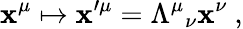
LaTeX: \mathbf{x}^{\mu}\mapsto\mathbf{x}^{\prime\mu}={\Lambda^{\mu}}_{\nu}\mathbf{x}^{\nu}~,